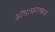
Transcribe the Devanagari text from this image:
अंतःकरणास